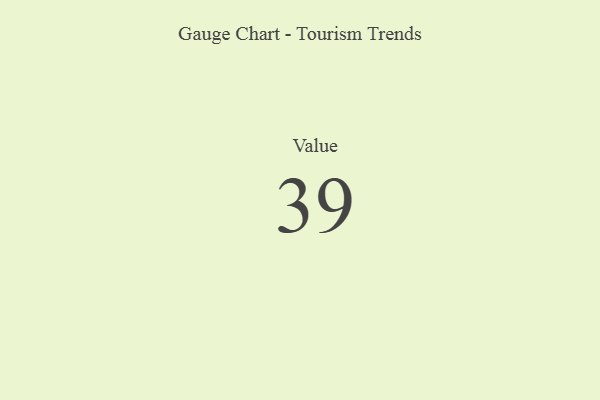
{"axis": {"x": "Metric", "y": "Value"}, "legend": [""], "data": [{"x": "Value", "y": 39, "type": ""}]}